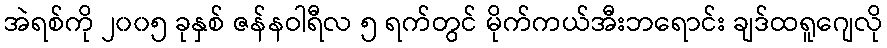
အဲရစ်ကို ၂၀၀၅ ခုနှစ် ဇန်နဝါရီလ ၅ ရက်တွင် မိုက်ကယ်အီးဘရောင်း ချဒ်ထရူဂျေလို